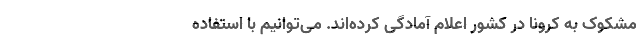
مشکوک به کرونا در کشور اعلام آمادگی کرده‌اند. می‌توانیم با استفاده